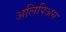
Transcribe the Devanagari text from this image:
अलिपिअस